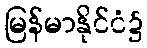
မြန်မာနိုင်ငံ၌